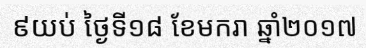
៩យប់ ថ្ងៃទី១៨ ខែមករា ឆ្នាំ២០១៧